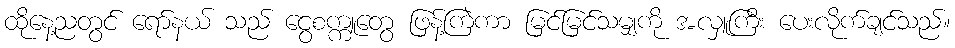
ထိုနေ့ညတွင် ရော်နယ် သည် ငွေစက္ကူတွေ ဖြန့်ကြဲကာ မြင်မြင်သမျှကို အလှူကြီး ပေးလိုက်ချင်သည်။